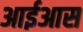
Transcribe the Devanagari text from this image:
आईआस